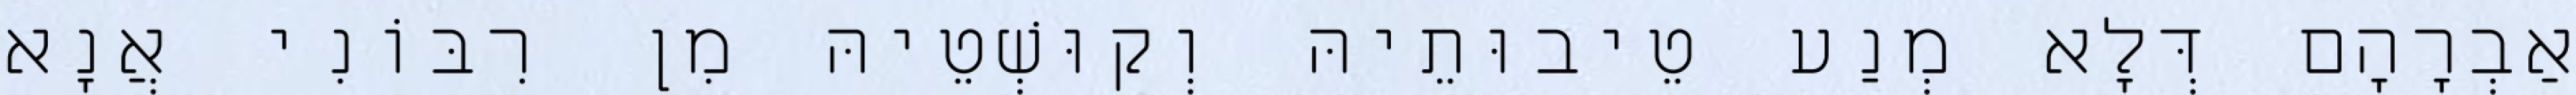
אַבְרָהָם דְּלָא מְנַע טֵיבוּתֵיהּ וְקוּשְׁטֵיהּ מִן רִבּוֹנִי אֲנָא